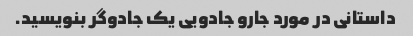
داستانی در مورد جارو جادویی یک جادوگر بنویسید.